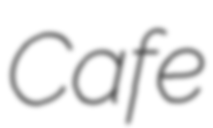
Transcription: Cafe